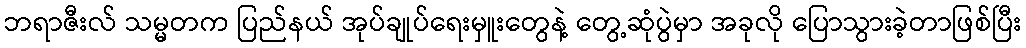
ဘရာဇီးလ် သမ္မတက ပြည်နယ် အုပ်ချုပ်ရေးမှူးတွေနဲ့ တွေ့ဆုံပွဲမှာ အခုလို ပြောသွားခဲ့တာဖြစ်ပြီး